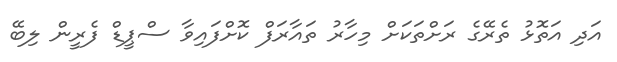
އަދި އަތޮޅު ތެރޭގެ ރަށްތަކަށް މިހާރު ތައާރަފް ކޮށްފައިވާ ސްޕީޑް ފެރީން ލިބޭ